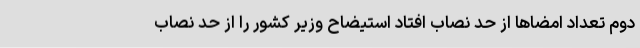
دوم تعداد امضاها از حد نصاب افتاد استیضاح وزیر کشور را از حد نصاب